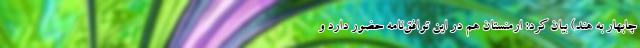
چابهار به هند) بیان کرد: ارمنستان هم در این توافق‌نامه حضور دارد و